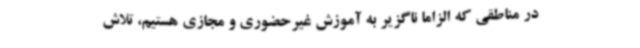
در مناطقی که الزاماً ناگزیر به آموزش غیرحضوری و مجازی هستیم، تلاش